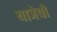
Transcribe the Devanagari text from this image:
याञेची